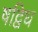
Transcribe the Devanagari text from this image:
षद्विध